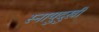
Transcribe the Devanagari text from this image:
स्नायुदुखी